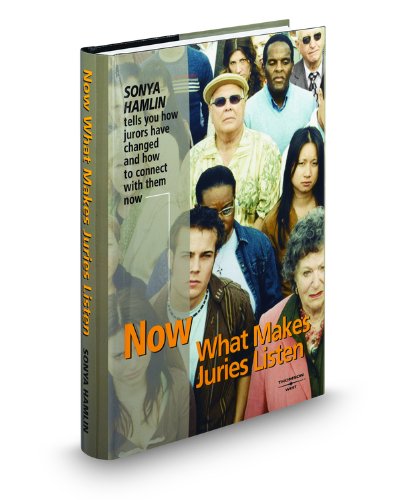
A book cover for Now What Makes Juries Listen; Sonya Hamlin; Law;